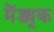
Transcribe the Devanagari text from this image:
मेंड्यूक